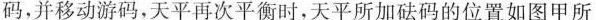
码，并移动游码，天平再次平衡时，天平所加砝码的位置如图甲所